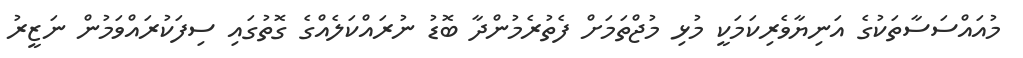
މުއައްސަސާތަކުގެ އަނިޔާވެރިކަމަކީ މުޅި މުޖްތަމަށް ފެތުރެމުންދާ ބޮޑު ނުރައްކަލެއްގެ ގޮތުގައި ސިފަކުރައްވަމުން ނަޒީރު